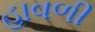
હાવળી